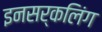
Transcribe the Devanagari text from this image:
इनसर्कलिंग